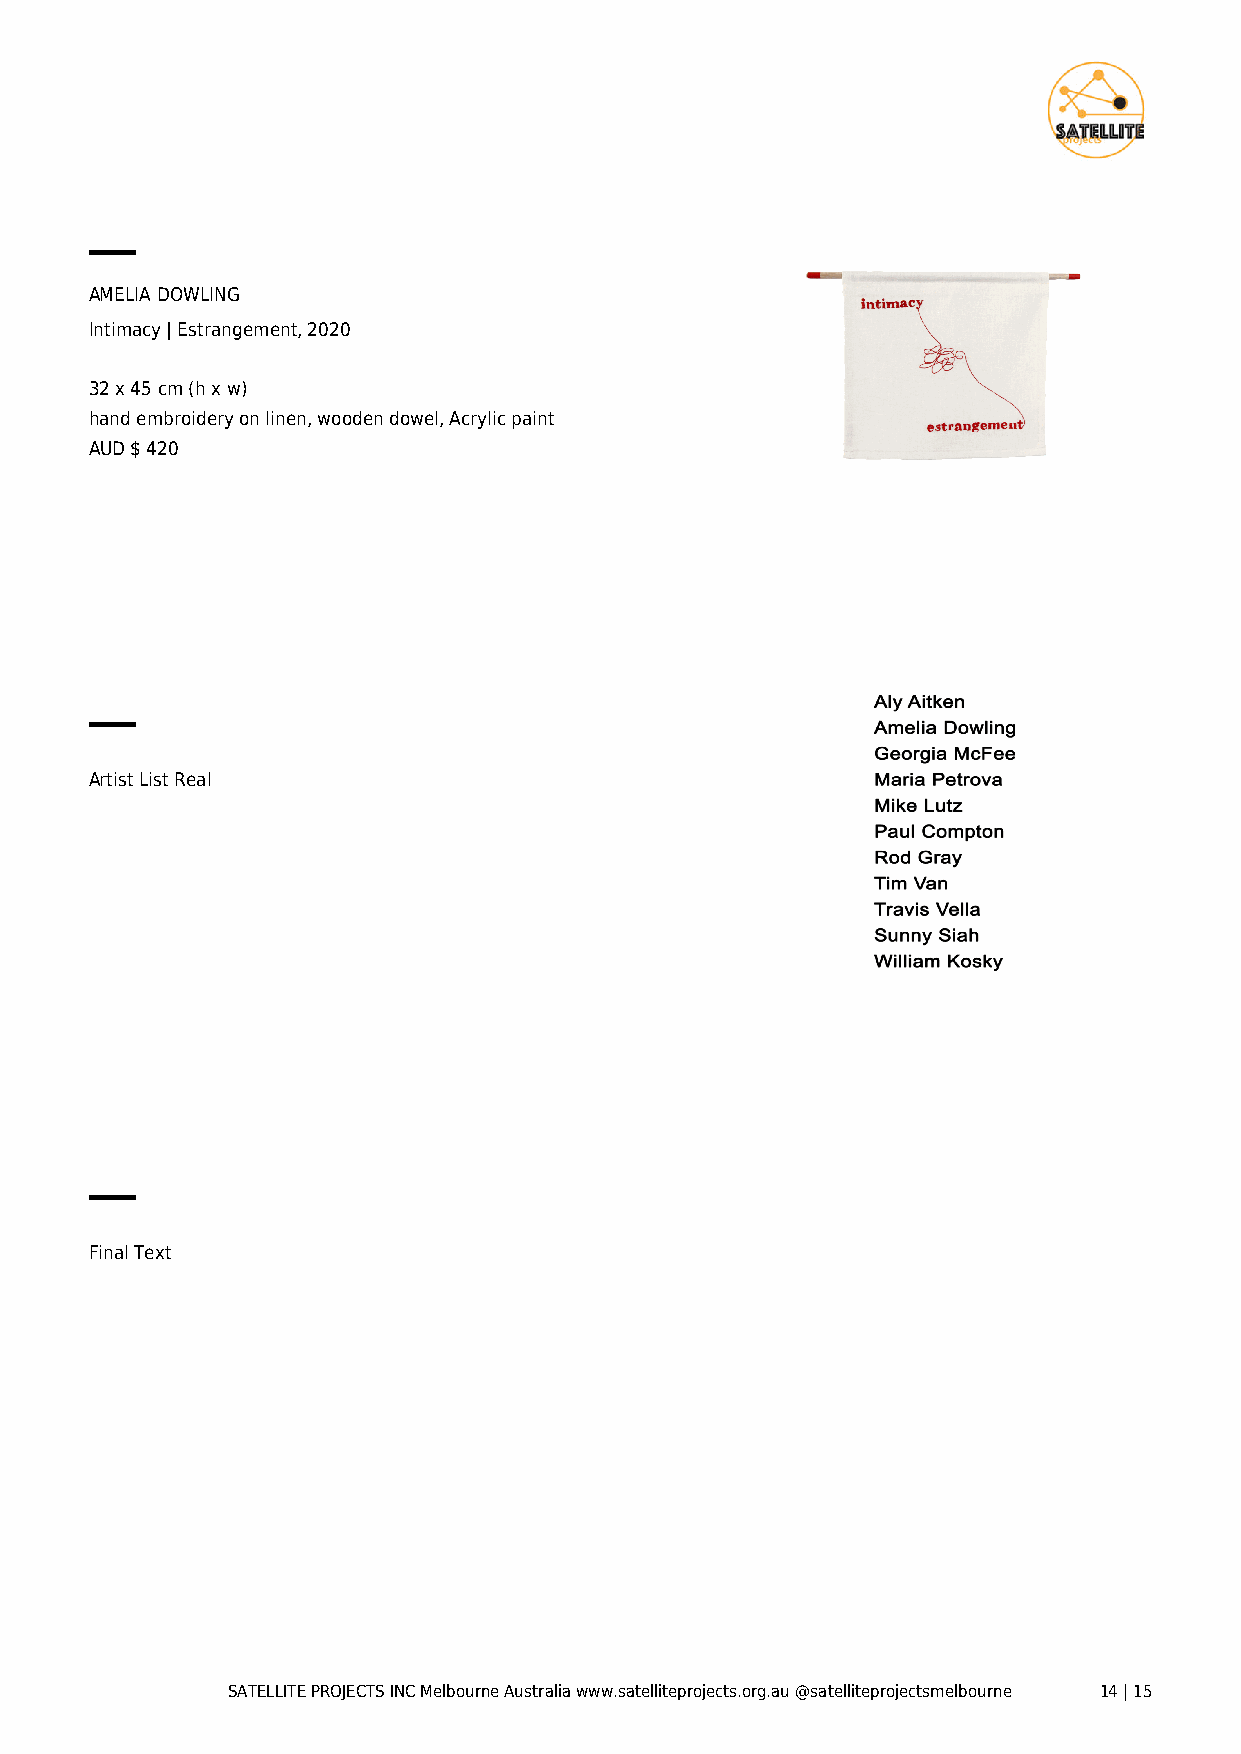
AMELIA DOWLING
 Intimacy | Estrangement, 2020
 32 x 45 cm (h x w)
 hand embroidery on linen, wooden dowel, Acrylic paint
 AUD $ 420
 Artist List Real
 Final Text
 SATELLITE PROJECTS INC Melbourne Australia www.satelliteprojects.org.au @satelliteprojectsmelbourne 14 | 15